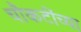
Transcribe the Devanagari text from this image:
चौकटींच्या